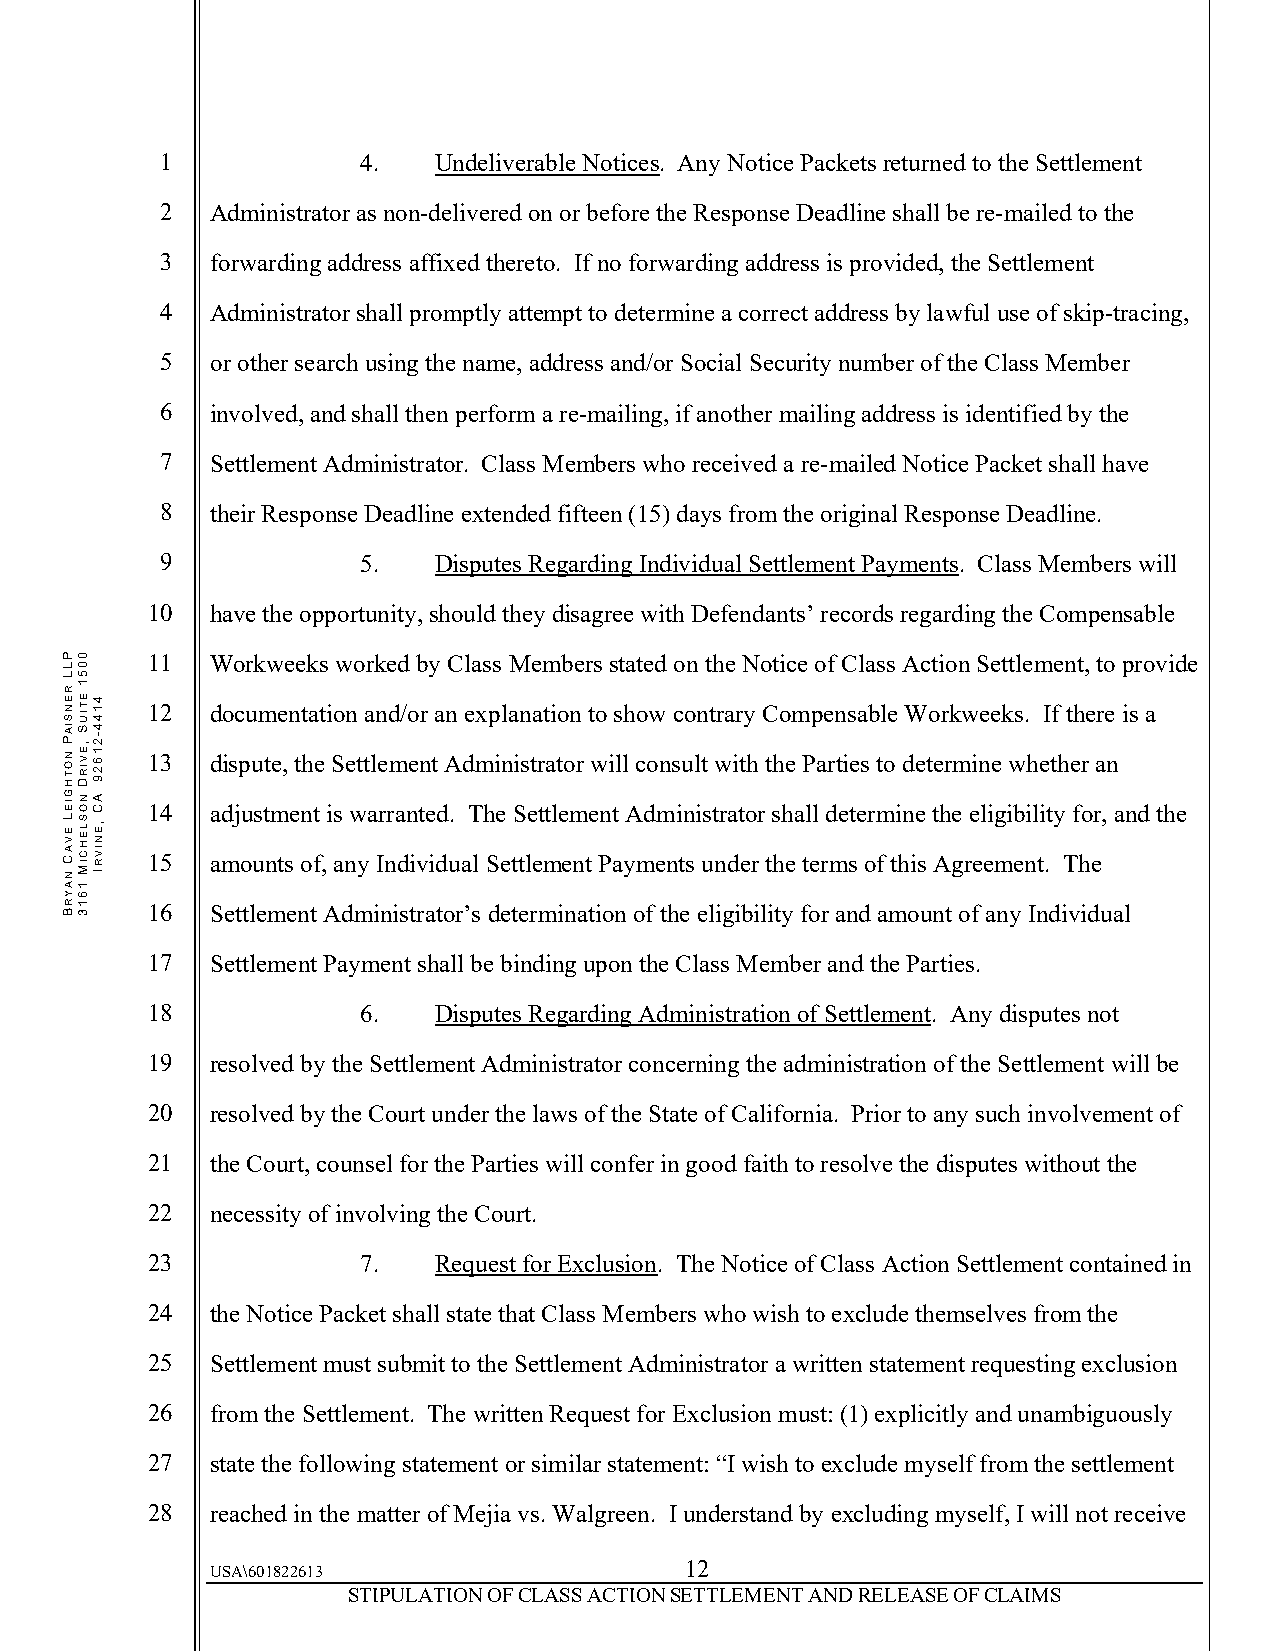
1            4.   Undeliverable Notices. Any Notice Packets returned to the Settlement
 2  Administrator as non-delivered on or before the Response Deadline shall be re-mailed to the
 3  forwarding address affixed thereto. If no forwarding address is provided, the Settlement
 4  Administrator shall promptly attempt to determine a correct address by lawful use of skip-tracing,
 5  or other search using the name, address and/or Social Security number of the Class Member
 6  involved, and shall then perform a re-mailing, if another mailing address is identified by the
 7  Settlement Administrator. Class Members who received a re-mailed Notice Packet shall have
 8  their Response Deadline extended fifteen (15) days from the original Response Deadline.
 9            5.   Disputes Regarding Individual Settlement Payments. Class Members will
 10  have the opportunity, should they disagree with Defendants’ records regarding the Compensable
 11  Workweeks worked by Class Members stated on the Notice of Class Action Settlement, to provide
 12  documentation and/or an explanation to show contrary Compensable Workweeks. If there is a
 13  dispute, the Settlement Administrator will consult with the Parties to determine whether an
 14  adjustment is warranted. The Settlement Administrator shall determine the eligibility for, and the
 15  amounts of, any Individual Settlement Payments under the terms of this Agreement. The
 16  Settlement Administrator’s determination of the eligibility for and amount of any Individual
 17  Settlement Payment shall be binding upon the Class Member and the Parties.
 18            6.   Disputes Regarding Administration of Settlement. Any disputes not
 19  resolved by the Settlement Administrator concerning the administration of the Settlement will be
 20  resolved by the Court under the laws of the State of California. Prior to any such involvement of
 21  the Court, counsel for the Parties will confer in good faith to resolve the disputes without the
 22  necessity of involving the Court.
 23            7.   Request for Exclusion. The Notice of Class Action Settlement contained in
 24  the Notice Packet shall state that Class Members who wish to exclude themselves from the
 25  Settlement must submit to the Settlement Administrator a written statement requesting exclusion
 26  from the Settlement. The written Request for Exclusion must: (1) explicitly and unambiguously
 27  state the following statement or similar statement: “I wish to exclude myself from the settlement
 28  reached in the matter of Mejia vs. Walgreen. I understand by excluding myself, I will not receive
 12
 USA\601822613
 STIPULATION OF CLASS ACTION SETTLEMENT AND RELEASE OF CLAIMS
 PLL
 RENSIAP
 NOTHGIEL
 EVAC
 NAYRB
 0051
 ETIUS
 ,EVIRD
 NOSLEHCIM
 1613
 4144-21629
 AC
 ,ENIVRI